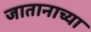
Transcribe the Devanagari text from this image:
जातानाच्या